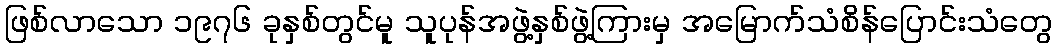
ဖြစ်လာသော ၁၉၇၆ ခုနှစ်တွင်မူ သူပုန်အဖွဲ့နှစ်ဖွဲ့ကြားမှ အမြောက်သံစိန်ပြောင်းသံတွေ